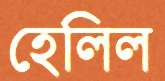
হেলিল